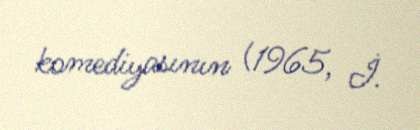
komediyasının (1965, İ.